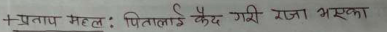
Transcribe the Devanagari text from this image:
+ प्रताप महल : पितालाई कैद गरी राजा भएका